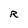
Character: R